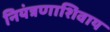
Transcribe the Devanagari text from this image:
नियंत्रणाशिवाय